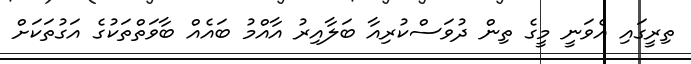
ތިރީގައި އެވަނީ މީގެ ތިން ދުވަސްކުރިއާ ބަލާއިރު އާއްމު ބައެއް ބާވަތްތަކުގެ އަގުތަކަށް